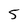
Character: 5